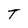
Character: T